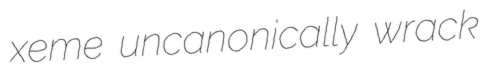
xeme uncanonically wrack